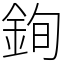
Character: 銁